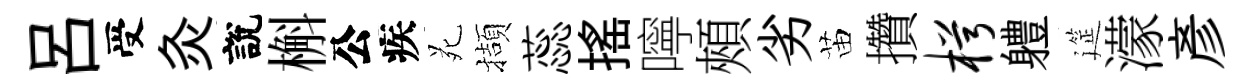
呂受灸說槲公疾苑擷蕊揺嚀頰劣苗攢枵軆筵濛彦